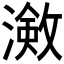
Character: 𭲠